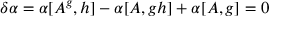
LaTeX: \delta \alpha = \alpha [ A ^ { g } , h ] - \alpha [ A , g h ] + \alpha [ A , g ] = 0